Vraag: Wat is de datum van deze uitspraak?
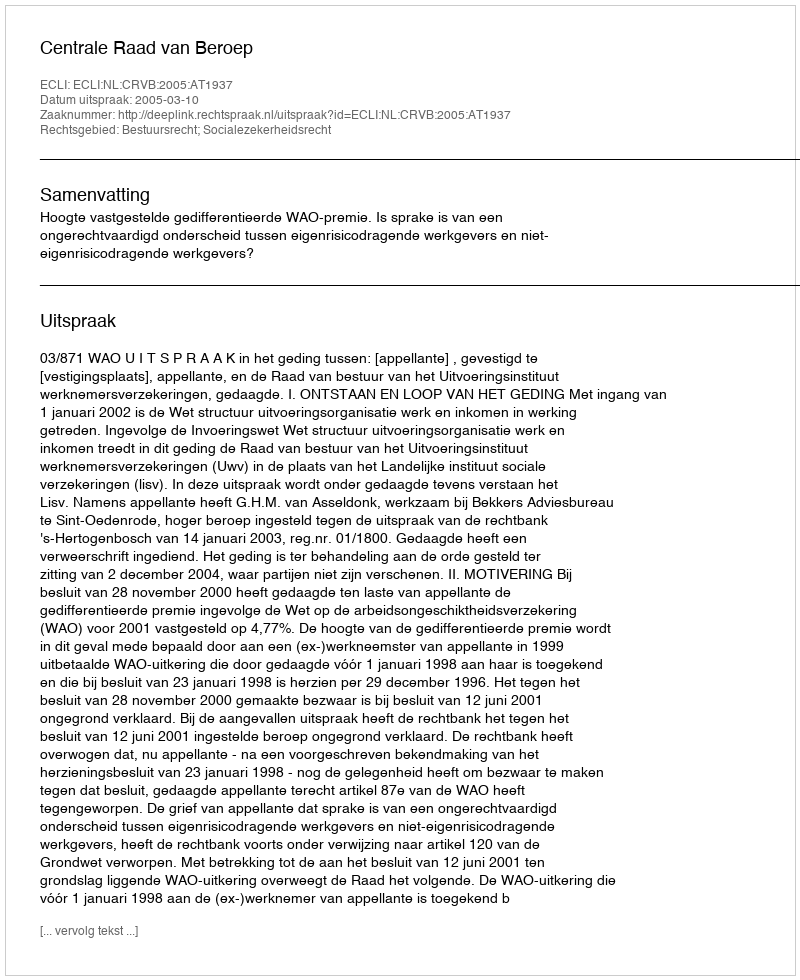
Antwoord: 2005-03-10